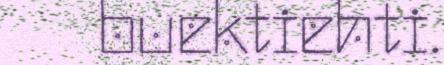
buektiehti.